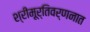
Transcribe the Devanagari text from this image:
श्रीमूर्तिवर्णनात